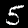
Label: 5